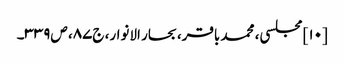
[۱۰] مجلسی، محمد باقر، بحار الانوار، ج‌۸۷، ص‌۳۳۹۔